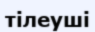
тілеуші